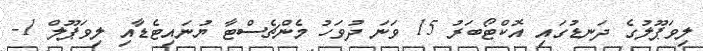
ލިވަޕޫލުގެ ދަނޑުގައި އޮކްޓޯބަރު 15 ވަނަ ދުވަހު މެންޗެސްޓާ ޔުނައިޓެޑާއި ލިވަޕޫލް 1-